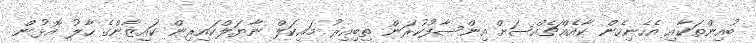
ބުއިންތަކާއި އެހެނިހެން ކާއެއްޗެއްސަށް އިންސާފުކުރަން ތިބިއިރު މައިކަލް ނާޔަލްކައިރިން ކައިޒާންގެ ހާލު އޮޅުން